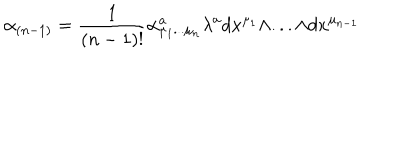
\alpha _ { ( n - 1 ) } = { \frac { 1 } { ( n - 1 ) ! } } \alpha _ { \mu _ { 1 } . . . \mu _ { n } } ^ { a } \lambda ^ { a } d x ^ { \mu _ { 1 } } \wedge . . . \wedge d x ^ { \mu _ { n - 1 } }